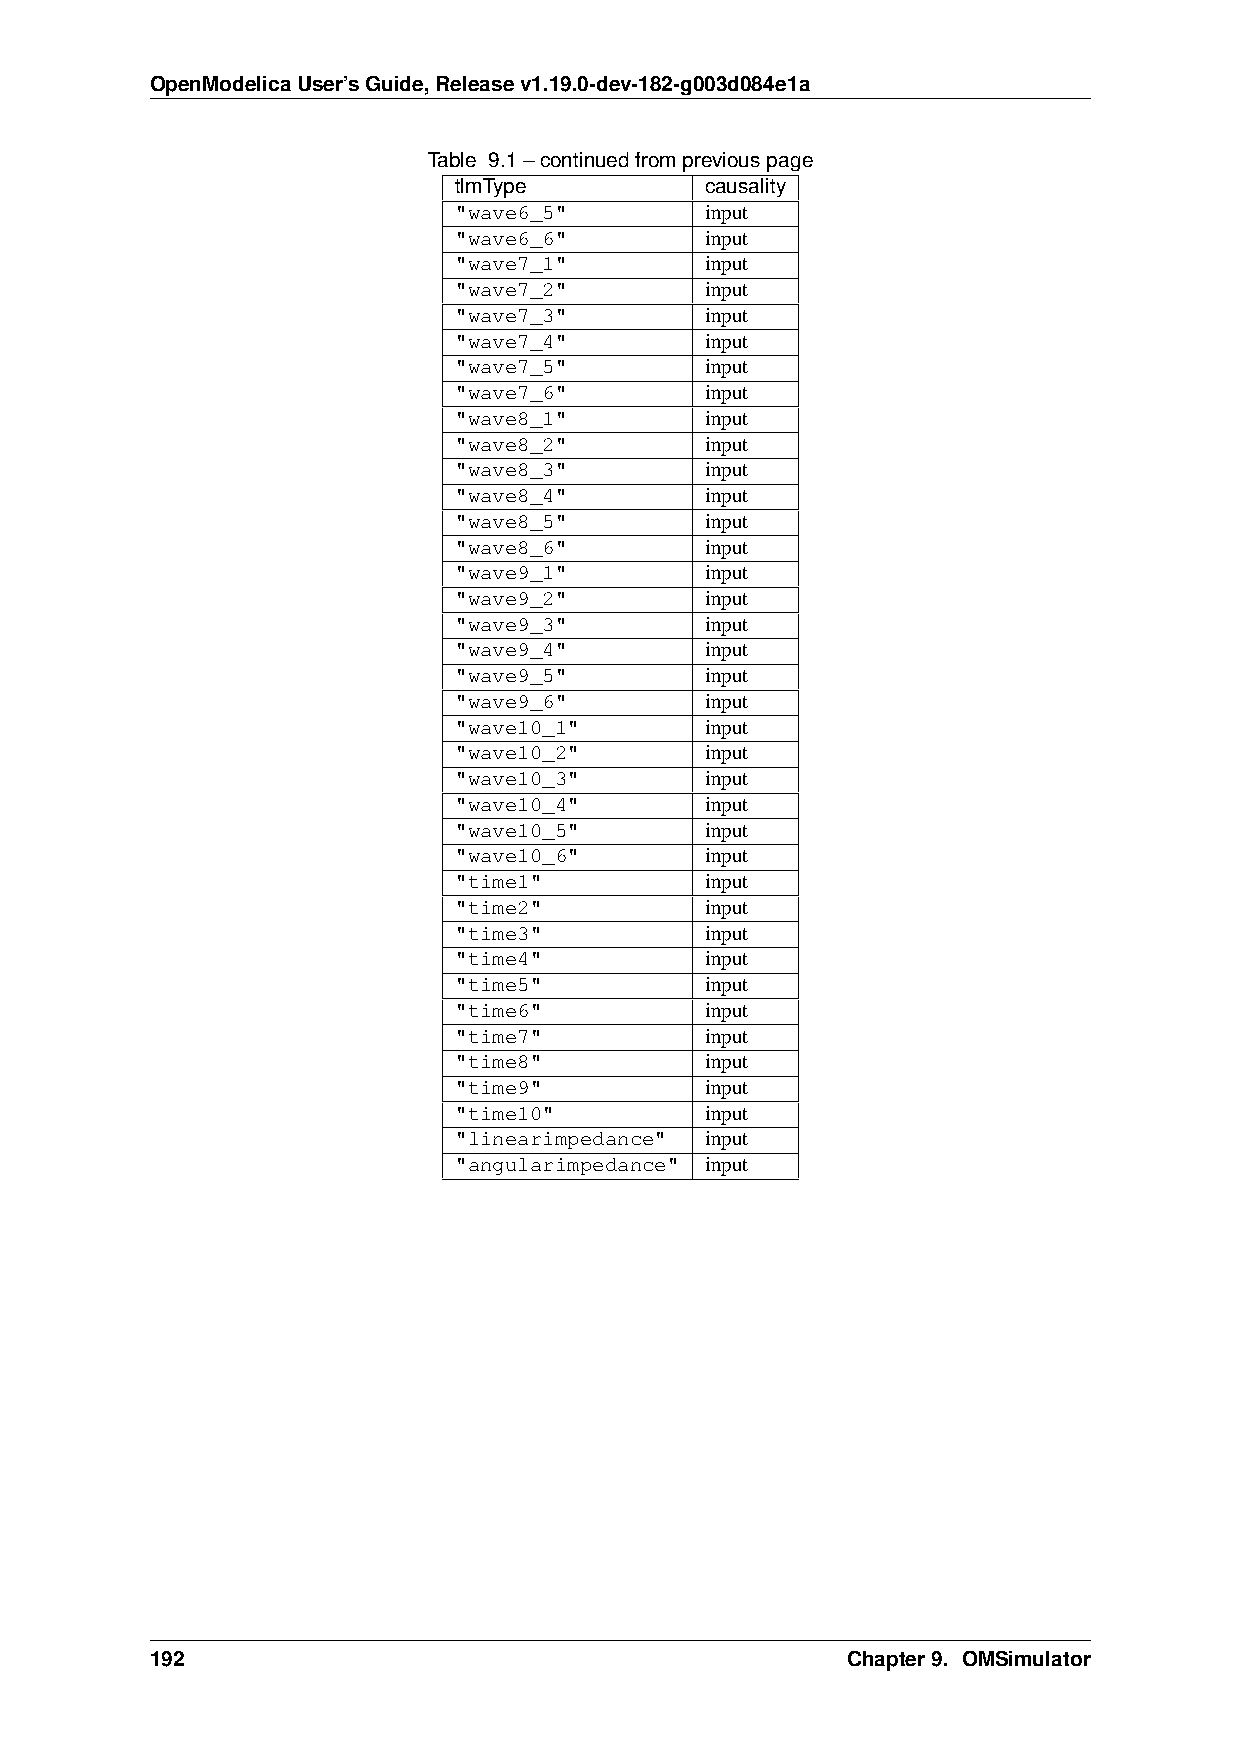
OpenModelicaUser’sGuide,Releasev1.19.0-dev-182-g003d084e1a
 Table 9.1–continuedfrompreviouspage
 tlmType          causality
 "wave6_5"        input
 "wave6_6"        input
 "wave7_1"        input
 "wave7_2"        input
 "wave7_3"        input
 "wave7_4"        input
 "wave7_5"        input
 "wave7_6"        input
 "wave8_1"        input
 "wave8_2"        input
 "wave8_3"        input
 "wave8_4"        input
 "wave8_5"        input
 "wave8_6"        input
 "wave9_1"        input
 "wave9_2"        input
 "wave9_3"        input
 "wave9_4"        input
 "wave9_5"        input
 "wave9_6"        input
 "wave10_1"       input
 "wave10_2"       input
 "wave10_3"       input
 "wave10_4"       input
 "wave10_5"       input
 "wave10_6"       input
 "time1"          input
 "time2"          input
 "time3"          input
 "time4"          input
 "time5"          input
 "time6"          input
 "time7"          input
 "time8"          input
 "time9"          input
 "time10"         input
 "linearimpedance" input
 "angularimpedance" input
 192                                           Chapter9. OMSimulator